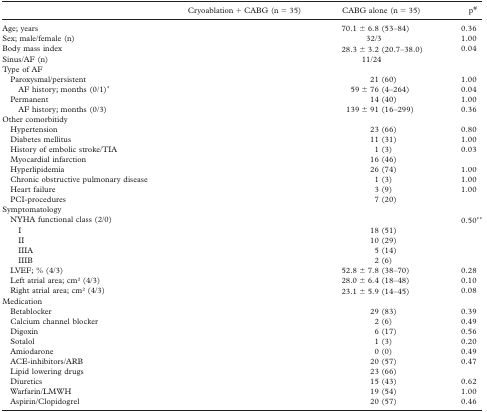
<table><thead><tr><td>[EMPTY_CELL]</td><td><b>Cryoablation + CABG (n = 35)</b></td><td><b>CABG alone (n = 35)</b></td><td><b>p#</b></td></tr></thead><tbody><tr><td>Age; years</td><td>[EMPTY_CELL]</td><td>70.1 ± 6.8 (53-84)</td><td>0.36</td></tr><tr><td>Sex; male/female (n)</td><td>[EMPTY_CELL]</td><td>32/3</td><td>1.00</td></tr><tr><td>Body mass index</td><td>[EMPTY_CELL]</td><td>28.3 ± 3.2 (20.7-38.0)</td><td>0.04</td></tr><tr><td>Sinus/AF (n)</td><td>[EMPTY_CELL]</td><td>11/24</td><td>[EMPTY_CELL]</td></tr><tr><td colspan="4">Type of AF</td></tr><tr><td> Paroxysmal/persistent</td><td>[EMPTY_CELL]</td><td>21 (60)</td><td>1.00</td></tr><tr><td>AF history; months (0/1)*</td><td>[EMPTY_CELL]</td><td>59 ± 76 (4-264)</td><td>0.04</td></tr><tr><td> Permanent</td><td>[EMPTY_CELL]</td><td>14 (40)</td><td>1.00</td></tr><tr><td>AF history; months (0/3)</td><td>[EMPTY_CELL]</td><td>139 ± 91 (16-299)</td><td>0.36</td></tr><tr><td colspan="4">Other comorbitidy</td></tr><tr><td> Hypertension</td><td>[EMPTY_CELL]</td><td>23 (66)</td><td>0.80</td></tr><tr><td> Diabetes mellitus</td><td>[EMPTY_CELL]</td><td>11 (31)</td><td>1.00</td></tr><tr><td> History of embolic stroke/TIA</td><td>[EMPTY_CELL]</td><td>1 (3)</td><td>0.03</td></tr><tr><td> Myocardial infarction</td><td>[EMPTY_CELL]</td><td>16 (46)</td><td>[EMPTY_CELL]</td></tr><tr><td> Hyperlipidemia</td><td>[EMPTY_CELL]</td><td>26 (74)</td><td>1.00</td></tr><tr><td> Chronic obstructive pulmonary disease</td><td>[EMPTY_CELL]</td><td>1 (3)</td><td>1.00</td></tr><tr><td> Heart failure</td><td>[EMPTY_CELL]</td><td>3 (9)</td><td>1.00</td></tr><tr><td> PCI-procedures</td><td>[EMPTY_CELL]</td><td>7 (20)</td><td>[EMPTY_CELL]</td></tr><tr><td colspan="4">Symptomatology</td></tr><tr><td> NYHA functional class (2/0)</td><td>[EMPTY_CELL]</td><td>[EMPTY_CELL]</td><td>0.50**</td></tr><tr><td>I</td><td>[EMPTY_CELL]</td><td>18 (51)</td><td>[EMPTY_CELL]</td></tr><tr><td>II</td><td>[EMPTY_CELL]</td><td>10 (29)</td><td>[EMPTY_CELL]</td></tr><tr><td>IIIA</td><td>[EMPTY_CELL]</td><td>5 (14)</td><td>[EMPTY_CELL]</td></tr><tr><td>IIIB</td><td>[EMPTY_CELL]</td><td>2(6)</td><td>[EMPTY_CELL]</td></tr><tr><td> LVEF; % (4/3)</td><td>[EMPTY_CELL]</td><td>52.8 ± 7.8 (38-70)</td><td>0.28</td></tr><tr><td> Left atrial area; cm<sup>2</sup> (4/3)</td><td>[EMPTY_CELL]</td><td>28.0 ± 6.4 (18-48)</td><td>0.10</td></tr><tr><td> Right atrial area; cm<sup>2</sup> (4/3)</td><td>[EMPTY_CELL]</td><td>23.1 ± 5.9 (14-45)</td><td>0.08</td></tr><tr><td colspan="4">Medication</td></tr><tr><td> Betablocker</td><td>[EMPTY_CELL]</td><td>29 (83)</td><td>0.39</td></tr><tr><td>Calcium channel blocker</td><td>[EMPTY_CELL]</td><td>2(6)</td><td>0.49</td></tr><tr><td>Digoxin</td><td>[EMPTY_CELL]</td><td>6(17)</td><td>0.56</td></tr><tr><td>Sotalol</td><td>[EMPTY_CELL]</td><td>1 (3)</td><td>0.20</td></tr><tr><td>Amiodarone</td><td>[EMPTY_CELL]</td><td>0(0)</td><td>0.49</td></tr><tr><td>ACE-inhibitors/ARB</td><td>[EMPTY_CELL]</td><td>20 (57)</td><td>0.47</td></tr><tr><td>Lipid lowering drugs</td><td>[EMPTY_CELL]</td><td>23 (66)</td><td>[EMPTY_CELL]</td></tr><tr><td>Diuretics</td><td>[EMPTY_CELL]</td><td>15 (43)</td><td>0.62</td></tr><tr><td>Warfarin/LMWH</td><td>[EMPTY_CELL]</td><td>19 (54)</td><td>1.00</td></tr><tr><td>Aspirin/Clopidogrel</td><td>[EMPTY_CELL]</td><td>20 (57)</td><td>0.46</td></tr></tbody></table>